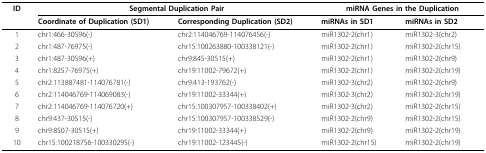
| ID | <COLSPAN=2> Segmental Duplication Pair | <COLSPAN=2> miRNA Genes in the Duplication |
 |  | Coordinate of Duplication (SD1) | Corresponding Duplication (SD2) | miRNAs in SD1 | miRNAs in SD2 |
 | --- | --- | --- | --- | --- |
 | 1 | chr1:466-30596(-) | chr2:114046769-114076456(-) | miR1302-2(chr1) | miR1302-3(chr2) |
 | 2 | chr1:487-76975(-) | chr15:100263880-100338121(-) | miR1302-2(chr1) | miR1302-2(chr15) |
 | 3 | chr1:487-30596(+) | chr9:845-30515(+) | miR1302-2(chr1) | miR1302-2(chr9) |
 | 4 | chr1:8257-76975(+) | chr19:11002-79672(+) | miR1302-2(chr1) | miR1302-2(chr19) |
 | 5 | chr2:113887481-114076781(-) | chr9:413-193762(-) | miR1302-3(chr2) | miR1302-2(chr9) |
 | 6 | chr2:114046769-114069083(-) | chr19:11002-33344(+) | miR1302-3(chr2) | miR1302-2(chr19) |
 | 7 | chr2:114046769-114076720(+) | chr15:100307957-100338402(+) | miR1302-3(chr2) | miR1302-2(chr15) |
 | 8 | chr9:437-30515(-) | chr15:100307957-100338529(-) | miR1302-2(chr9) | miR1302-2(chr15) |
 | 9 | chr9:8507-30515(+) | chr19:11002-33344(+) | miR1302-2(chr9) | miR1302-2(chr19) |
 | 10 | chr15:100218756-100330295(-) | chr19:11002-123445(-) | miR1302-2(chr15) | miR1302-2(chr19) |